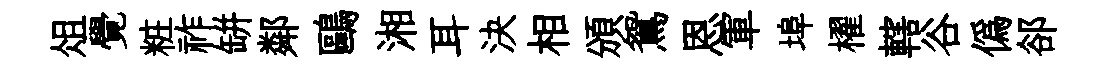
俎覺粧祚缾鄰鷗湘耳決相頒鴛恩軍埠櫂轄谷偽郤